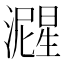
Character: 𬉚